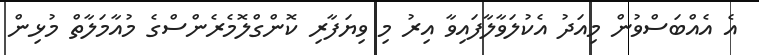
އެ އެއްބަސްވުން މިއަދު އެކުލަވާލާފައިވާ އިރު މި ވިޔަފާރި ކޮންގްލޮމެރެންސްގެ މުއާމަލާތް މުޅިން